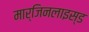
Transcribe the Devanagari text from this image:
मार्जिनलाइस्ड